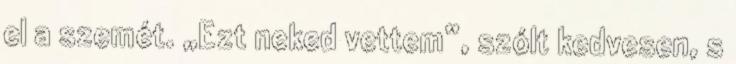
el a szemét. „Ezt neked vettem”, szólt kedvesen, s